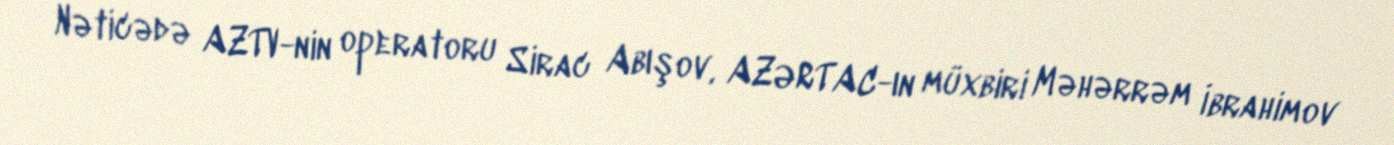
Nəticədə AZTV-nin operatoru Sirac Abışov, AZƏRTAC-ın müxbiri Məhərrəm İbrahimov